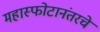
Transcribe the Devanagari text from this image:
महास्फोटानंतरचे